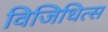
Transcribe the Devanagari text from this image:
विजिधित्स